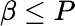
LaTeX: \beta\leq P